Indian journal of veterinary science and animal husbandry - Volume 12,
Year: 1942
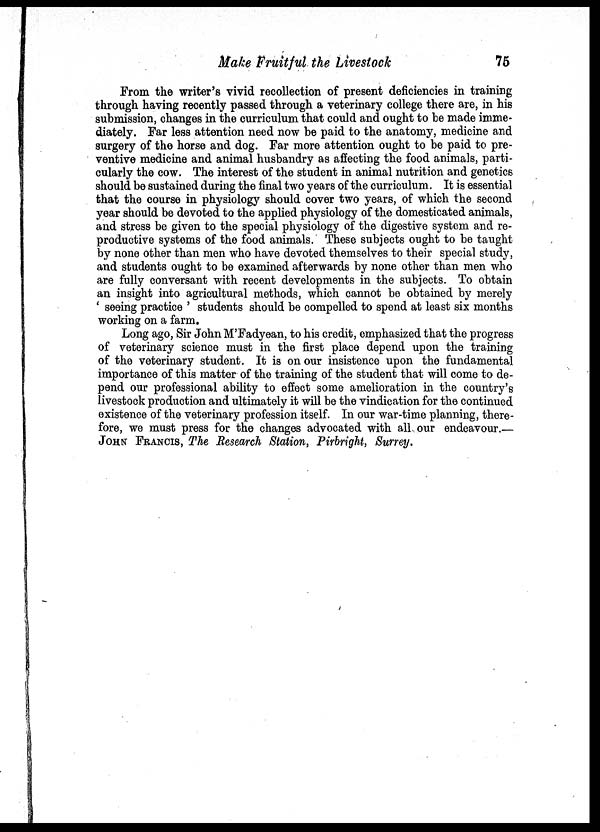
Make Fruitful the Livestock
75
From the writer's vivid recollection of present deficiencies in training
through having recently passed through a veterinary college there are, in his
submission, changes in the curriculum that could and ought to be made imme-
diately. Far less attention need now be paid to the anatomy, medicine and
surgery of the horse and dog. Far more attention ought to be paid to pre-
ventive medicine and animal husbandry as affecting the food animals, parti-
cularly the cow. The interest of the student in animal nutrition and genetics
should be sustained during the final two years of the curriculum. It is essential
that the course in physiology should cover two years, of which the second
year should be devoted to the applied physiology of the domesticated animals,
and stress be given to the special physiology of the digestive system and re-
productive systems of the food animals. These subjects ought to be taught
by none other than men who have devoted themselves to their special study,
and students ought to be examined afterwards by none other than men who
are fully conversant with recent developments in the subjects. To obtain
an insight into agricultural methods, which cannot be obtained by merely
' seeing practice ' students should be compelled to spend at least six months
working on a farm.
Long ago, Sir John M'Fadyean, to his credit, emphasized that the progress
of veterinary science must in the first place depend upon the training
of the veterinary student. It is on our insistence upon the fundamental
importance of this matter of the training of the student that will come to de-
pend our professional ability to effect some amelioration in the country's
livestock production and ultimately it will be the vindication for the continued
existence of the veterinary profession itself. In our war-time planning, there-
fore, we must press for the changes advocated with all our endeavour.—
JOHN FRANCIS, The Research Station, Pirbright, Surrey.